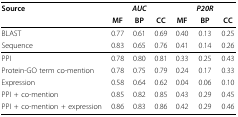
| Source |  | AUC |  |  | P20R |  |
 |  | MF | BP | CC | MF | BP | CC |
 | --- | --- | --- | --- | --- | --- | --- |
 | BLAST | 0.77 | 0.61 | 0.69 | 0.40 | 0.13 | 0.25 |
 | Sequence | 0.83 | 0.65 | 0.76 | 0.41 | 0.14 | 0.26 |
 | PPI | 0.78 | 0.80 | 0.81 | 0.33 | 0.25 | 0.43 |
 | Protein-GO term co-mention | 0.78 | 0.75 | 0.79 | 0.24 | 0.17 | 0.33 |
 | Expression | 0.58 | 0.64 | 0.62 | 0.04 | 0.06 | 0.10 |
 | PPI + co-mention | 0.85 | 0.82 | 0.85 | 0.43 | 0.29 | 0.45 |
 | PPI + co-mention + expression | 0.86 | 0.83 | 0.86 | 0.42 | 0.29 | 0.46 |